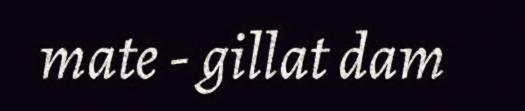
mate - gillat dam